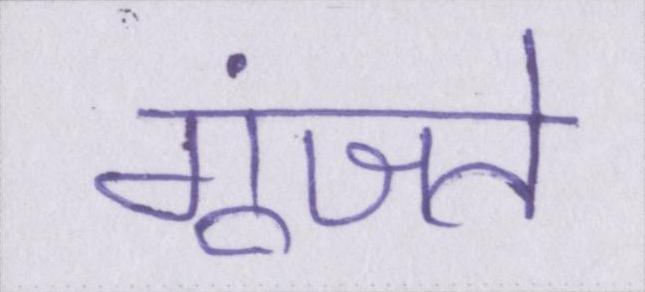
गूंजते